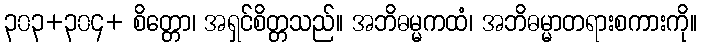
၃၀၃+၃၀၄+ စိတ္တော၊ အရှင်စိတ္တသည်။ အဘိဓမ္မကထံ၊ အဘိဓမ္မာတရားစကားကို။